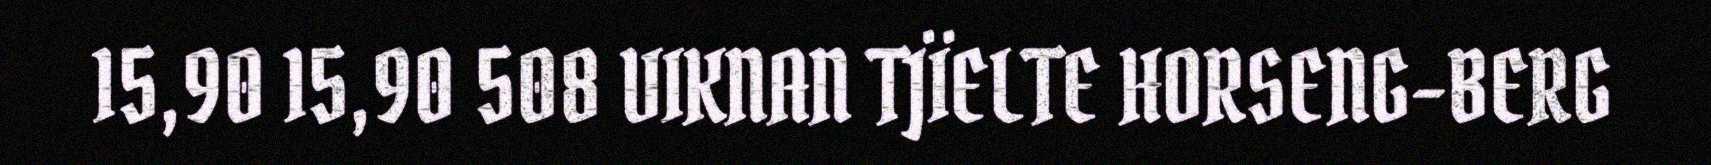
15,90 15,90 508 VIKNAN TJÏELTE HORSENG-BERG